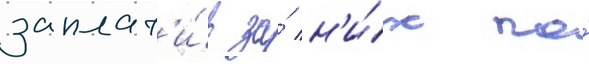
заплат'и́в за́ н'и́х по́